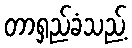
တာရှည်ခံသည့်